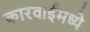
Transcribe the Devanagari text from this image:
कारवाईमध्ये